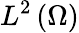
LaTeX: L^{2}\left({\Omega}\right)